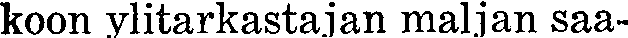
koon ylitarkastajan maljan saa-